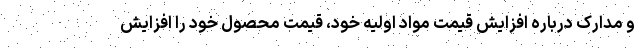
و مدارک درباره افزایش قیمت مواد اولیه خود، قیمت محصول خود را افزایش